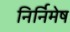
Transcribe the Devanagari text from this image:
निर्निमेष